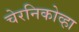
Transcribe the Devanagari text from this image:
चेरनिकोव्हा